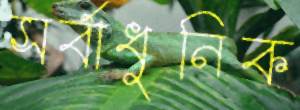
সর্বাধুনিক